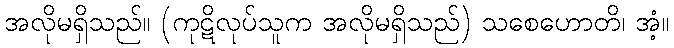
အလိုမရှိသည်။ (ကုဋိလုပ်သူက အလိုမရှိသည်) သစေဟောတိ၊ အံ့။